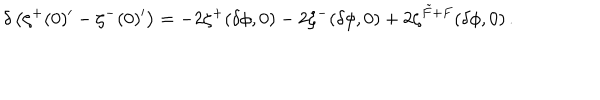
\delta \left( \zeta ^ { + } ( 0 ) ^ { \prime } - \zeta ^ { - } ( 0 ) ^ { \prime } \right) = - 2 \zeta ^ { + } ( \delta \phi , 0 ) - 2 \zeta ^ { - } ( \delta \phi , 0 ) + 2 \zeta ^ { \tilde { F } + F } ( \delta \phi , 0 ) \, .